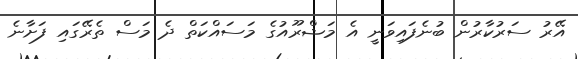
އޭރު ސަރުކާރުން ބުނެފައިވަނީ އެ މަޝްރޫއުގެ މަސައްކަތް ދެ މަސް ތެރޭގައި ފަށާނެ